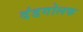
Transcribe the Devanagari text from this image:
दंडगोलक